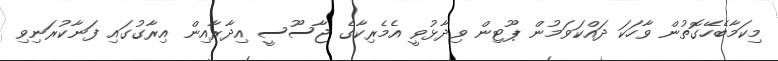
މިކަމާބެހޭގޮތުން ވާހަކަ ދައްކަވަމުން ޕޫޓިން ވިދާޅުވީ އެމެރިކާގެ ޖާސޫސީ އިދާރާއިން އިރާގުގައި ފަނާކުރަނިވި